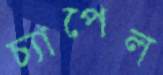
চ্যাপেল